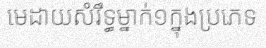
មេដាយសំរឹទ្ធម្នាក់១ក្នុងប្រភេទ